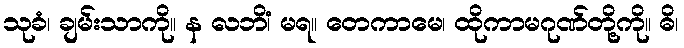
သုခံ၊ ချမ်းသာကို။ န လဘိံ၊ မရ။ တေကာမေ၊ ထိုကာမဂုဏ်တို့ကို။ ဓိ၊